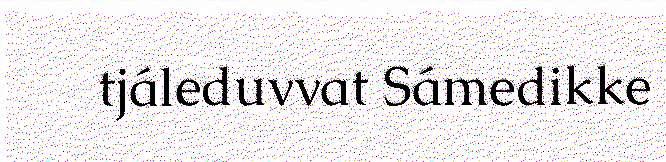
tjáleduvvat Sámedikke